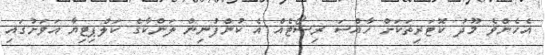
އެހެންވެ މޫދު ކޮޓަރިތަކަށް ހާއްސަ ރިސޯޓެއް އެ ކުންފުނިން ލަންކާގެ ކަލްޕިޓިޔާ އަވަށުގައި